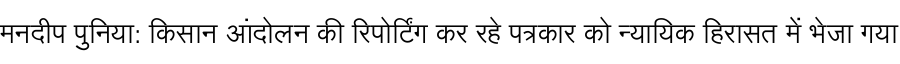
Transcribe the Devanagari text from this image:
मनदीप पुनिया: किसान आंदोलन की रिपोर्टिंग कर रहे पत्रकार को न्यायिक हिरासत में भेजा गया